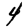
Digit: 4